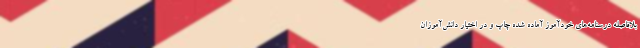
بلافاصله درسنامه‌های خودآموز آماده شده چاپ و در اختیار دانش‌آموزان